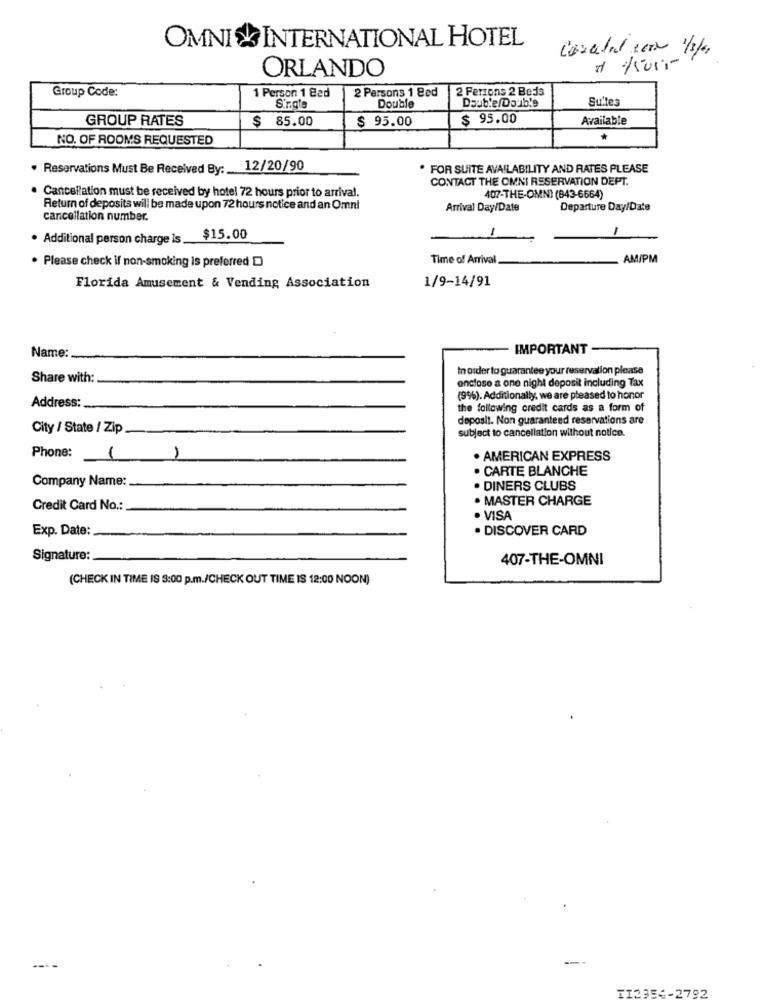
OMNIS INTERNATIONAL HOTEL
ORLANDO
Group Code:
1 Person 1 Bed
2 Persons 1 Bed
2 Persons 2 Beds
Double Double
Sulles
Single
Double
GROUP RATES
$ 85.00
$ 95.00
$ 95.00
Available
NO. OF ROOMS REQUESTED
. Reservations Must Be Received By: 12/20/90
FOR SUITE AVAILABILITY AND RATES PLEASE
CONTACT THE OMNI RESERVATION DEPT.
. Cancellation must be received by hotel 72 hours prior to arrival.
407-THE-OMNI (843-6664)
Return of deposits will be made upon 72 hours notice and an Omnl
Arrival Day/Date
Departure Day/Date
cancellation number.
-
. Additional person charge is_$15.00
1
Time of Arrival
AM/PM
. Please check if non-smoking is preferred D
1/9-14/91
Florida Amusement & Vending Association
IMPORTANT
Name:
In order to guarantee your reservation please
Share with:
onclose a one night deposit including Tax
(9%). Additionally, we are pleased to honor
Address :.
the following credit cards as a form of
deposit. Non guaranteed reservations are
City / State / Zip
subject to cancellation without notice.
Phone:
1
1
. AMERICAN EXPRESS
. CARTE BLANCHE
Company Name:
. DINERS CLUBS
. MASTER CHARGE
Credit Card No .:
· VISA
Exp. Date:
. DISCOVER CARD
Signature:
407-THE-OMNI
(CHECK IN TIME IS 3:00 p.m./CHECK OUT TIME IS 12:00 NOON)
-
TI2354-2792